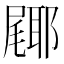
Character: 𮠎